Civil Veterinary Dept. Bombay admin report 1932-41 - 1932-1941
Year: 1932
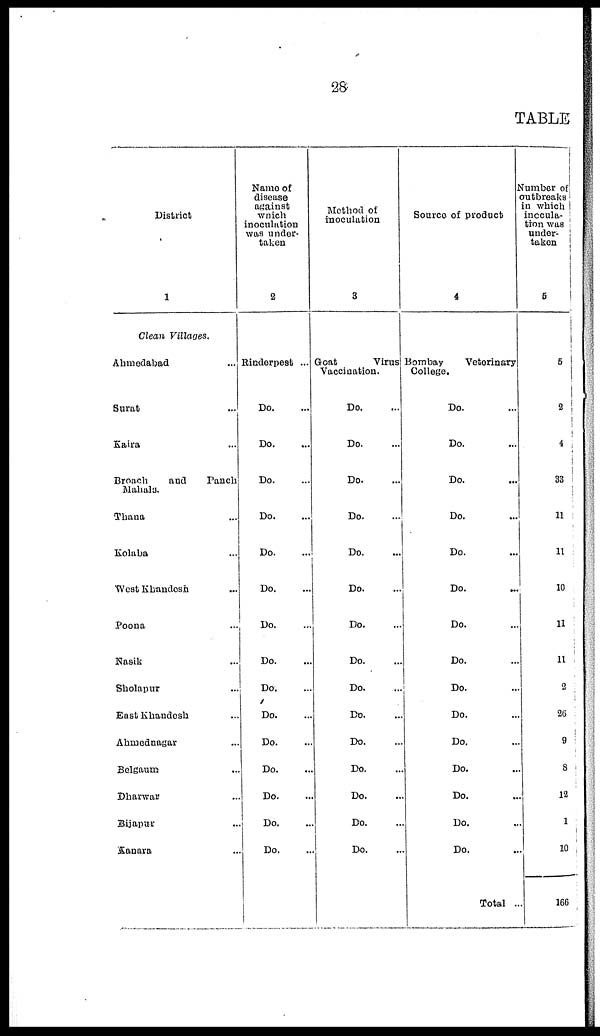
28
TABLE
District
1
Clean Villages.
Ahmedabad ...
Surat ...
Kaira ...
Broach
and
Pauch
Mahals.
Thana ...
Kolaba ...
West Khandesh ...
Poona ...
Nasik ...
Sholapur ...
East Khandesh ...
Ahmednagar ...
Belgaum ...
Dharwar ...
Bijapur ...
Kanara ...
Name of
disease
against
which
inoculation
was under-
taken
2
Rinderpest ...
Do. ...
Do. ...
Do. ...
Do. ...
Do. ...
Do. ...
Do.
...
Do. ...
Do. ...
Do. ...
Do. ...
Do. ...
Do. ...
Do. ...
Do. ...
Method of
inoculation
3
Goat
Virus
Vaccination.
Do. ...
Do. ...
Do. ...
Do. ...
Do. ...
Do. ...
Do. ...
Do. ...
Do. ...
Do. ...
Do. ...
Do. ...
Do. ...
Do. ...
Do. ...
Source of product
4
Bombay
Veterinary
College.
Do. ...
Do. ...
Do. ...
Do. ...
Do. ...
Do. ...
Do. ...
Do. ...
Do. ...
Do. ...
Do. ...
Do. ...
Do. ...
Do. ...
Do. ...
Total ...
Number of
outbreaks
in which
inocula-
tion was
under-
taken
5
5
2
4
33
11
11
10
11
11
2
26
9
8
12
1
10
166